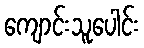
ကျောင်းသူပေါင်း